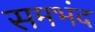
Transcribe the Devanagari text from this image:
समभंद